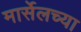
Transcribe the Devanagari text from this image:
मार्सेलच्या